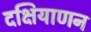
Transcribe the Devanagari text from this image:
दक्षियाणन